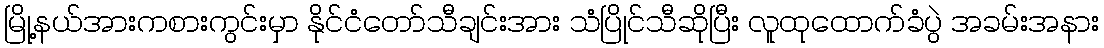
မြို့နယ်အားကစားကွင်းမှာ နိုင်ငံတော်သီချင်းအား သံပြိုင်သီဆိုပြီး လူထုထောက်ခံပွဲ အခမ်းအနား